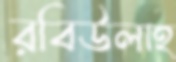
রবিউলাহ